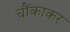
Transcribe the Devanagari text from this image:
चौंकाकर